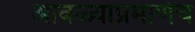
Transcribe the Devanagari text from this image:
आवळ्याप्रमाणेच